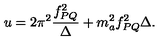
u = 2 \pi ^ { 2 } \frac { f _ { P Q } ^ { 2 } } { \Delta } + m _ { a } ^ { 2 } f _ { P Q } ^ { 2 } \Delta .